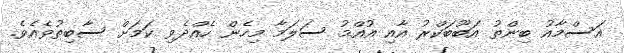
އަސްމާއު ބިންތު އަބޫބަކްރު އާއި އުއްމު ސަލަމާ މިހެން ހެއްދެވި ކަމަށް ސާބިތުވެއެވެ.